Annual administration report of the Civil Veterinary Department of India - 1893-1894
Year: 1893
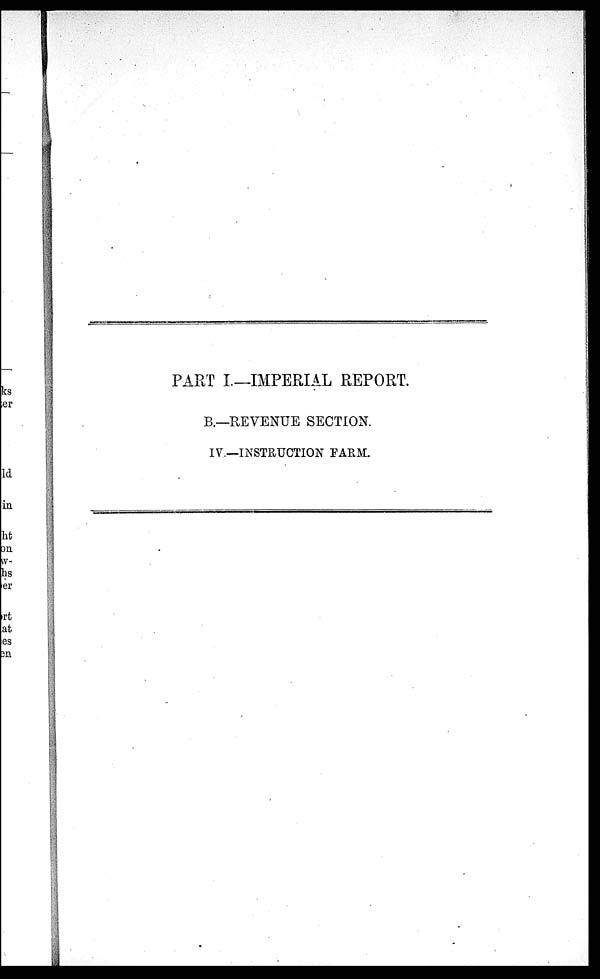
PART I—IMPERIAL REPORT.
B.—REVENUE SECTION.
IV.—INSTRUCTION FARM.